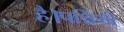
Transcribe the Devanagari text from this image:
है।पश्चिमी